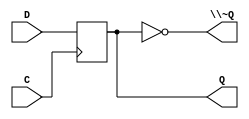
module DIG_D_FF_Nbit
#(
    parameter Bits = 2,
    parameter Default = 0
)
(
   input [(Bits-1):0] D,
   input C,
   output [(Bits-1):0] Q,
   output [(Bits-1):0] \~Q
);
    reg [(Bits-1):0] state;

    assign Q = state;
    assign \~Q = ~state;

    always @ (posedge C) begin
        state <= D;
    end

    initial begin
        state = Default;
    end
endmodule


module CompUnsigned #(
    parameter Bits = 1
)
(
    input [(Bits -1):0] a,
    input [(Bits -1):0] b,
    output \> ,
    output \= ,
    output \<
);
    assign \> = a > b;
    assign \= = a == b;
    assign \< = a < b;
endmodule

module DIG_D_FF_1bit
#(
    parameter Default = 0
)
(
   input D,
   input C,
   output Q,
   output \~Q
);
    reg state;

    assign Q = state;
    assign \~Q = ~state;

    always @ (posedge C) begin
        state <= D;
    end

    initial begin
        state = Default;
    end
endmodule


module deviacionMotor (
  input [8:0] distancia,
  input clk,
  input activar,
  output m_izquierdo,
  output m_derecho
);
  wire [8:0] s0;
  wire s1;
  wire s2;
  wire m_derecho_temp;
  wire s3;
  wire s4;
  DIG_D_FF_Nbit #(
    .Bits(9),
    .Default(0)
  )
  DIG_D_FF_Nbit_i0 (
    .D( distancia ),
    .C( clk ),
    .Q( s0 )
  );
  assign s4 = ~ activar;
  CompUnsigned #(
    .Bits(9)
  )
  CompUnsigned_i1 (
    .a( s0 ),
    .b( 9'b1111 ),
    .\> ( s1 ),
    .\= ( s2 )
  );
  DIG_D_FF_1bit #(
    .Default(0)
  )
  DIG_D_FF_1bit_i2 (
    .D( s3 ),
    .C( s4 ),
    .Q( m_derecho_temp ),
    .\~Q ( s3 )
  );
  assign m_izquierdo = (m_derecho_temp & (s1 | s2));
  assign m_derecho = m_derecho_temp;
endmodule